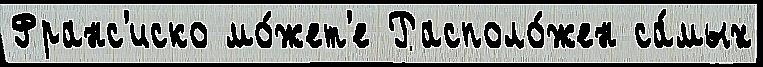
Франс'иско мо́жет'е Располо́жен са́мых